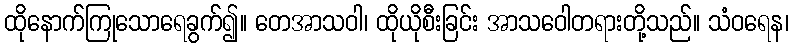
ထိုနောက်ကြုသောရေခွက်၍။ တေအာသဝါ၊ ထိုယိုစီးခြင်း အာသဝေါတရားတို့သည်။ သံဝရေန၊